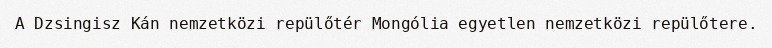
A Dzsingisz Kán nemzetközi repülőtér Mongólia egyetlen nemzetközi repülőtere.